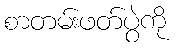
စာတမ်းဖတ်ပွဲကို